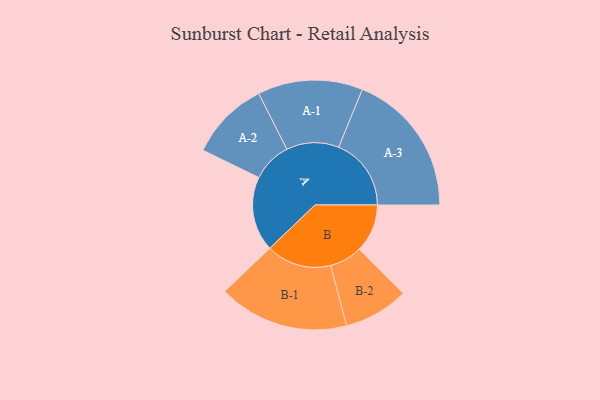
{"axis": {"x": "Segment", "y": "Value"}, "legend": ["", "A", "B"], "data": [{"x": "A", "y": 276, "type": ""}, {"x": "B", "y": 178, "type": ""}, {"x": "A-1", "y": 194, "type": "A"}, {"x": "A-2", "y": 147, "type": "A"}, {"x": "A-3", "y": 268, "type": "A"}, {"x": "B-1", "y": 241, "type": "B"}, {"x": "B-2", "y": 120, "type": "B"}]}